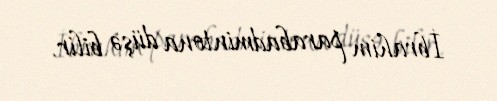
İbrahim parabadmintona düşə bilir.